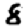
Digit: 8